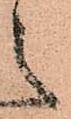
之